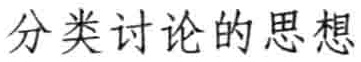
分类讨论的思想